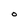
Character: O